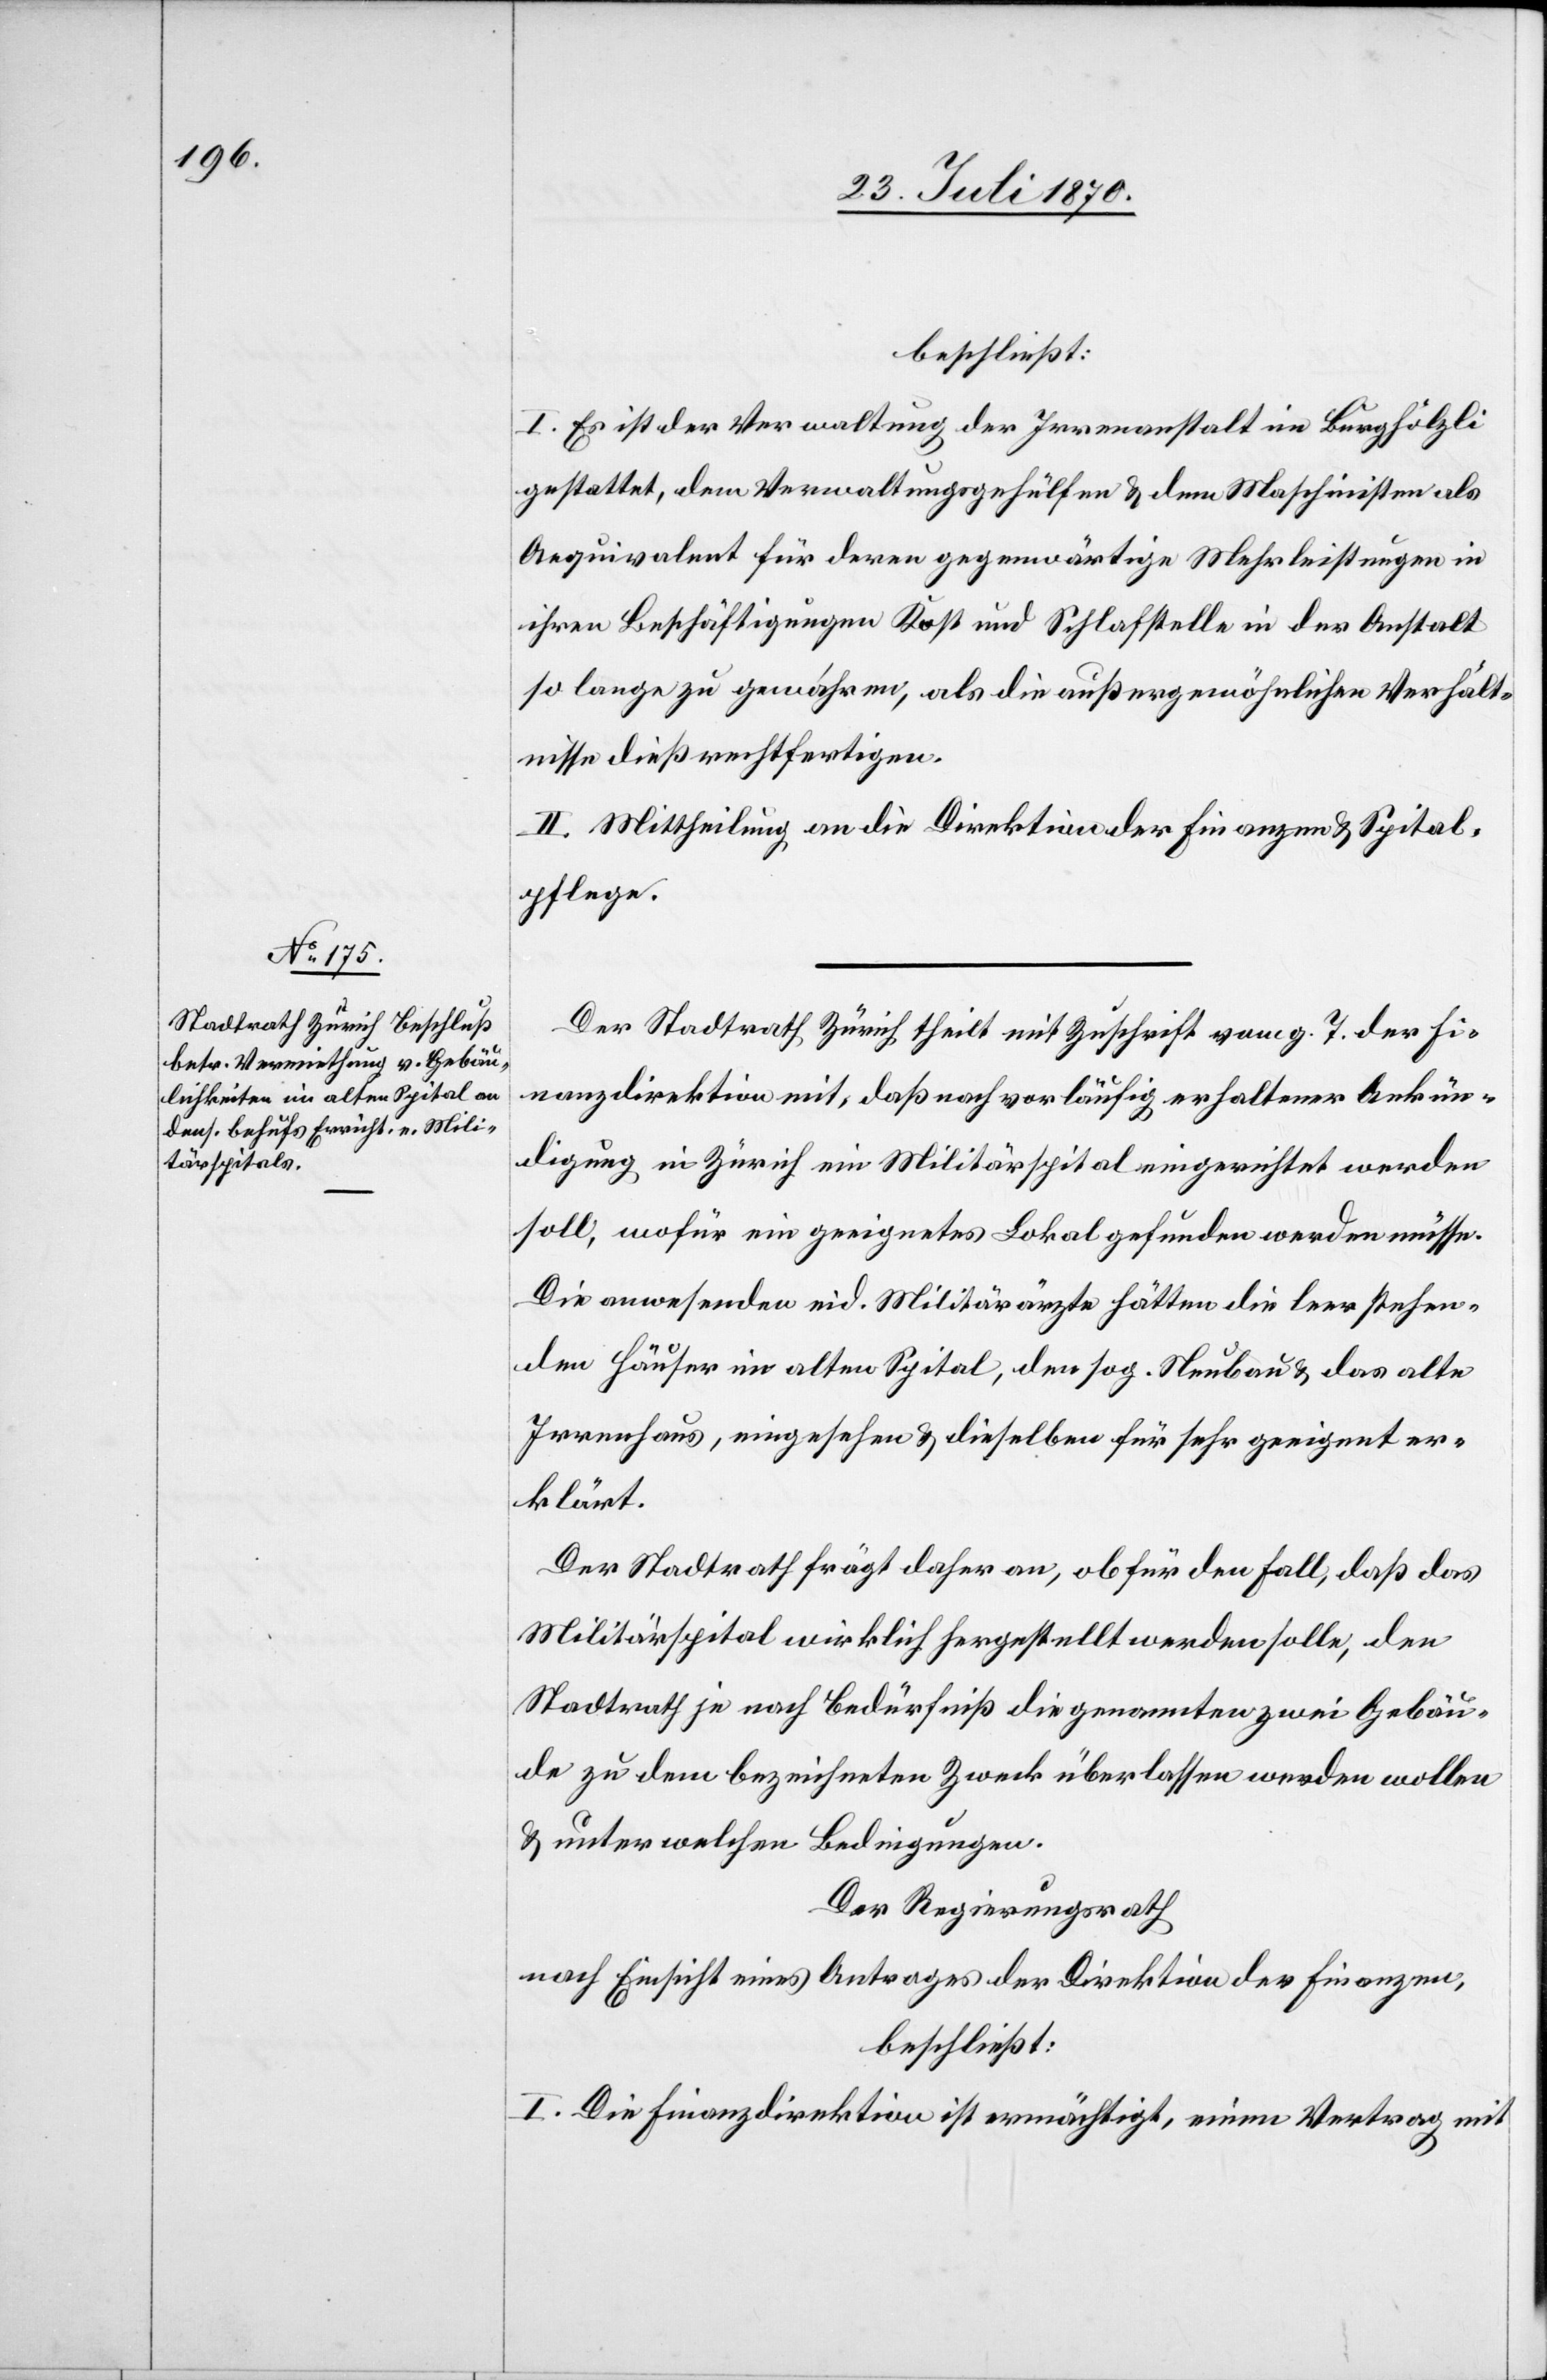
beschließt:
I. Es ist der Verwaltung der Irrenanstalt im Burghölzli
gestattet, dem Verwaltungsgehülfen & dem Maschinisten als
Aequivalent für deren gegenwärtige Mehrleistungen in
ihren Beschäftigungen Kost und Schlafstelle in der Anstalt
so lange zu gewähren, als die außergewöhnlichen Verhält¬
nisse dieß rechtfertigen.
II. Mittheilung an die Direktion der Finanzen & Spital¬
pflege.
Der Stadtrath Zürich theilt mit Zuschrift vom g. T. der Fi¬
nanzdirektion mit, daß nach vorläufig erhaltener Ankün¬
digung in Zürich ein Militärspital eingerichtet werden
soll, wofür ein geeignetes Lokal gefunden werden müsse.
Die anwesenden eid. Militärärzte hätten die leer stehen¬
den Häuser im alten Spital, den sog. Neubau & das alte
Irrenhaus, eingesehen & dieselben für sehr geeignet er¬
klärt.
Der Stadtrath frägt daher an, ob für den Fall, daß das
Militärspital wirklich hergestellt werden solle, den
Stadtrath je nach Bedürfniß die genannten zwei Gebäu¬
de zu dem bezeichneten Zweck überlassen werden wollen
& unter welchen Bedingungen.
Der Regierungsrath
nach Einsicht eines Antrages der Direktion der Finanzen,
beschließt:
I. Die Finanzdirektion ist ermächtigt, einen Vertrag mit